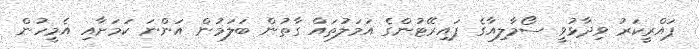
ޕައްރީކަރު ވިދާޅުވީ ސޯމާލިއާގެ ޕައިރޭޓުންގެ އަމަލުތައް ގާތުން ބަލަމުން އަންނަ ކަމަށާއި އެމީހުން